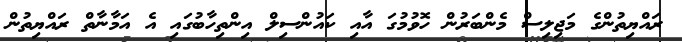
ރައްޔިތުންގެ މަޖިލިސް މެންބަރުން ހޮވުމުގަ އާއި ކައުންސިލް އިންތިހާބުގައި އެ އަމާނާތް ރައްޔިތުން